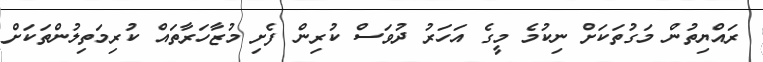
ރައްޔިތުން މަގުތަކަށް ނިކުމެ މީގެ އަހަރު ދުވަސް ކުރިން ފެށި މުޒާހަރާތައް ކުރިމަތިލުންތަކަށް